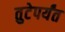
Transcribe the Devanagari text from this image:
तुटेपर्यंत